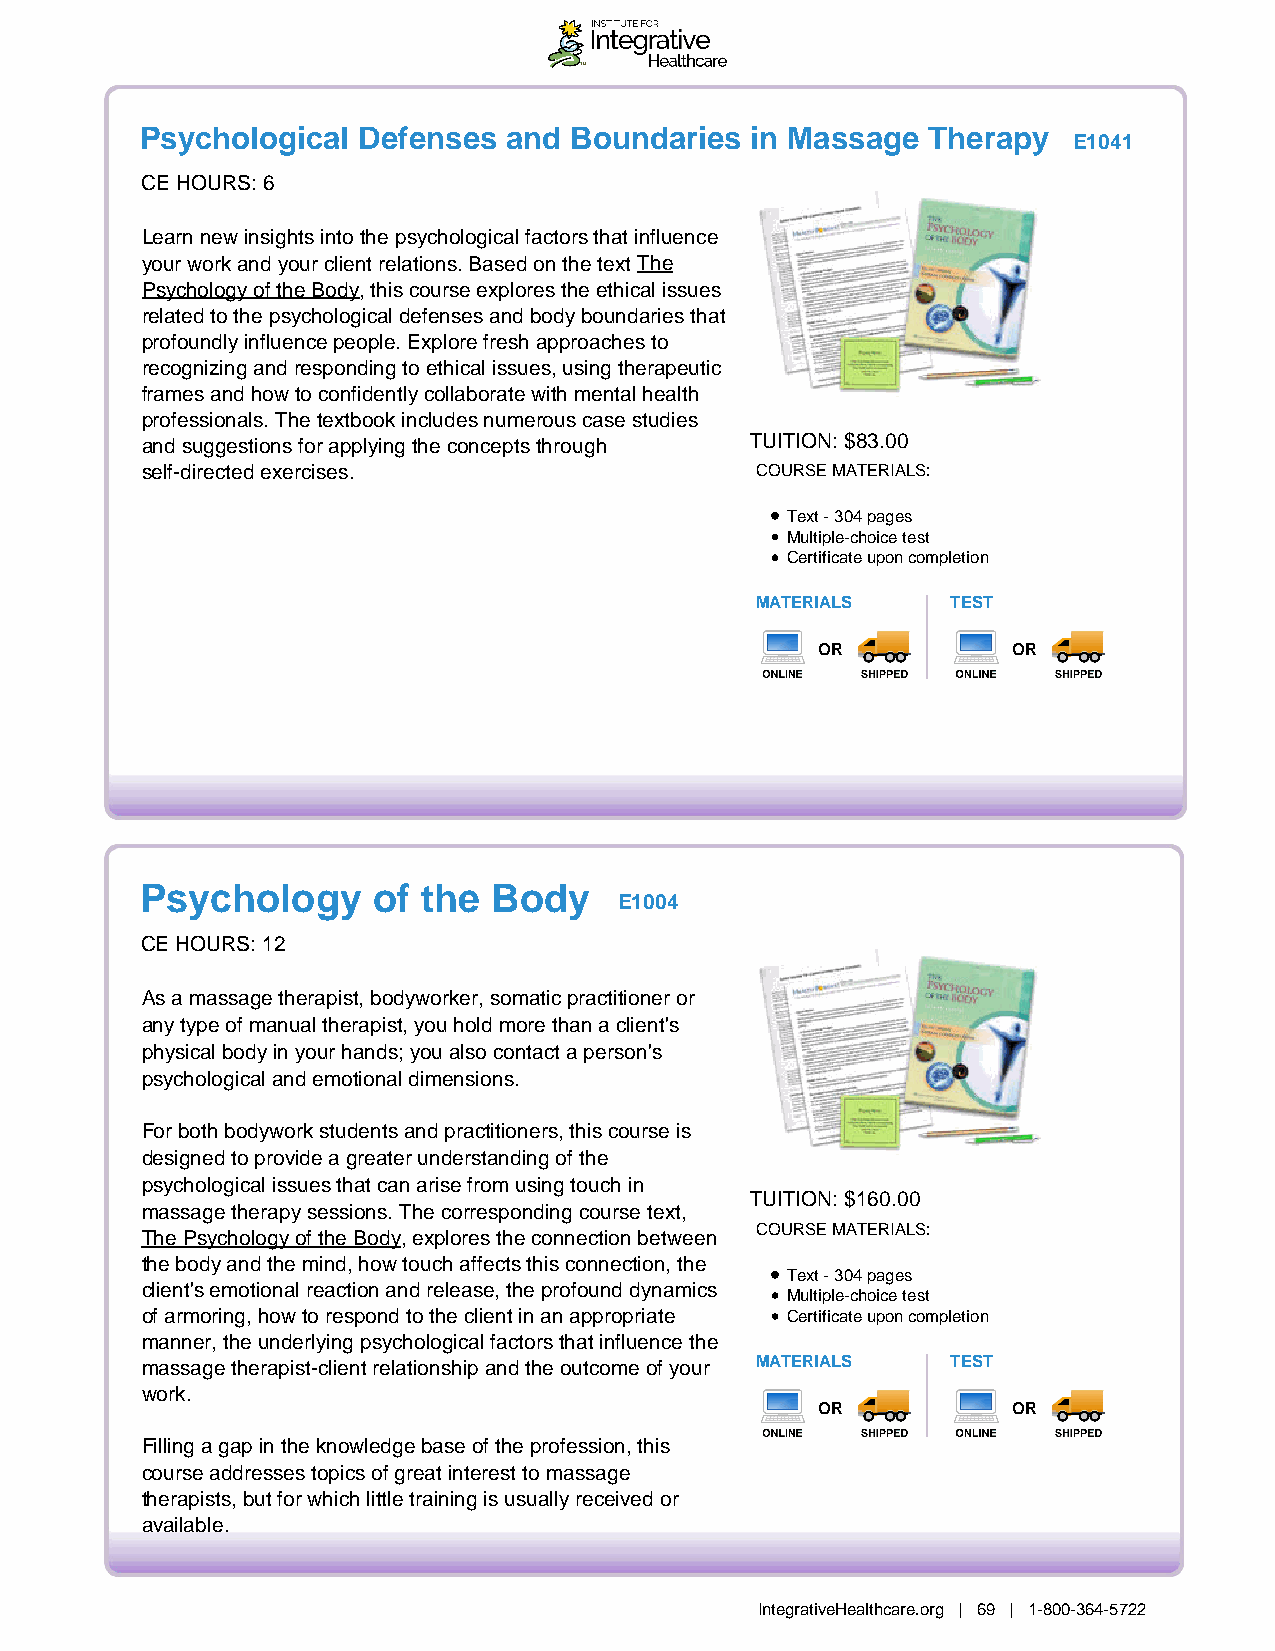
Psychological  Defenses  and Boundaries  in Massage Therapy
 E1041
 CE HOURS: 6
 Learn new insights into the psychological factors that influence
 your work and your client relations. Based on the text The
 Psychology of the Body, this course explores the ethical issues
 related to the psychological defenses and body boundaries that
 profoundly influence people. Explore fresh approaches to
 recognizing and responding to ethical issues, using therapeutic
 frames and how to confidently collaborate with mental health
 professionals. The textbook includes numerous case studies
 and suggestions for applying the concepts through TUITION: $83.00
 self-directed exercises.                 COURSE MATERIALS:
 Text - 304 pages
 Multiple-choice test
 Certificate upon completion
 MATERIALS    TEST
 OR           OR
 Psychology      of the  Body
 E1004
 CE HOURS: 12
 As a massage therapist, bodyworker, somatic practitioner or
 any type of manual therapist, you hold more than a client's
 physical body in your hands; you also contact a person's
 psychological and emotional dimensions.
 For both bodywork students and practitioners, this course is
 designed to provide a greater understanding of the
 psychological issues that can arise from using touch in
 TUITION: $160.00
 massage therapy sessions. The corresponding course text,
 COURSE MATERIALS:
 The Psychology of the Body, explores the connection between
 the body and the mind, how touch affects this connection, the
 Text - 304 pages
 client's emotional reaction and release, the profound dynamics
 Multiple-choice test
 of armoring, how to respond to the client in an appropriate Certificate upon completion
 manner, the underlying psychological factors that influence the
 massage therapist-client relationship and the outcome of your MATERIALS TEST
 work.
 OR           OR
 Filling a gap in the knowledge base of the profession, this
 course addresses topics of great interest to massage
 therapists, but for which little training is usually received or
 available.
 IntegrativeHealthcare.org | 69 | 1-800-364-5722